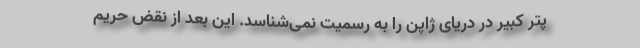
پتر کبیر در دریای ژاپن را به رسمیت نمی‌شناسد. این بعد از نقض حریم